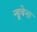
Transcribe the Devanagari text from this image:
न्डूबेना